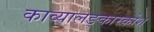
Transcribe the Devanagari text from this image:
काव्यालङ्कारकोश